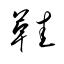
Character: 鞋